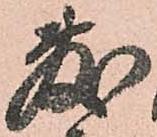
敷